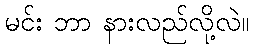
မင်း ဘာ နားလည်လို့လဲ။